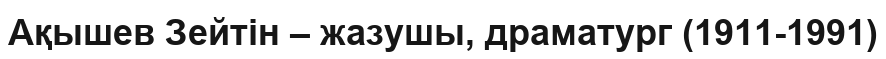
Ақышев Зейтін – жазушы, драматург (1911-1991)